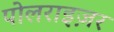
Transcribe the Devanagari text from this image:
पोलराइज़र